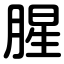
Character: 腥